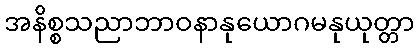
အနိစ္စသညာဘာဝနာနုယောဂမနုယုတ္တာ